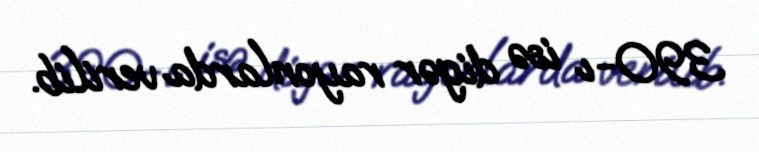
390-ı isə digər rayonlarda verilib.